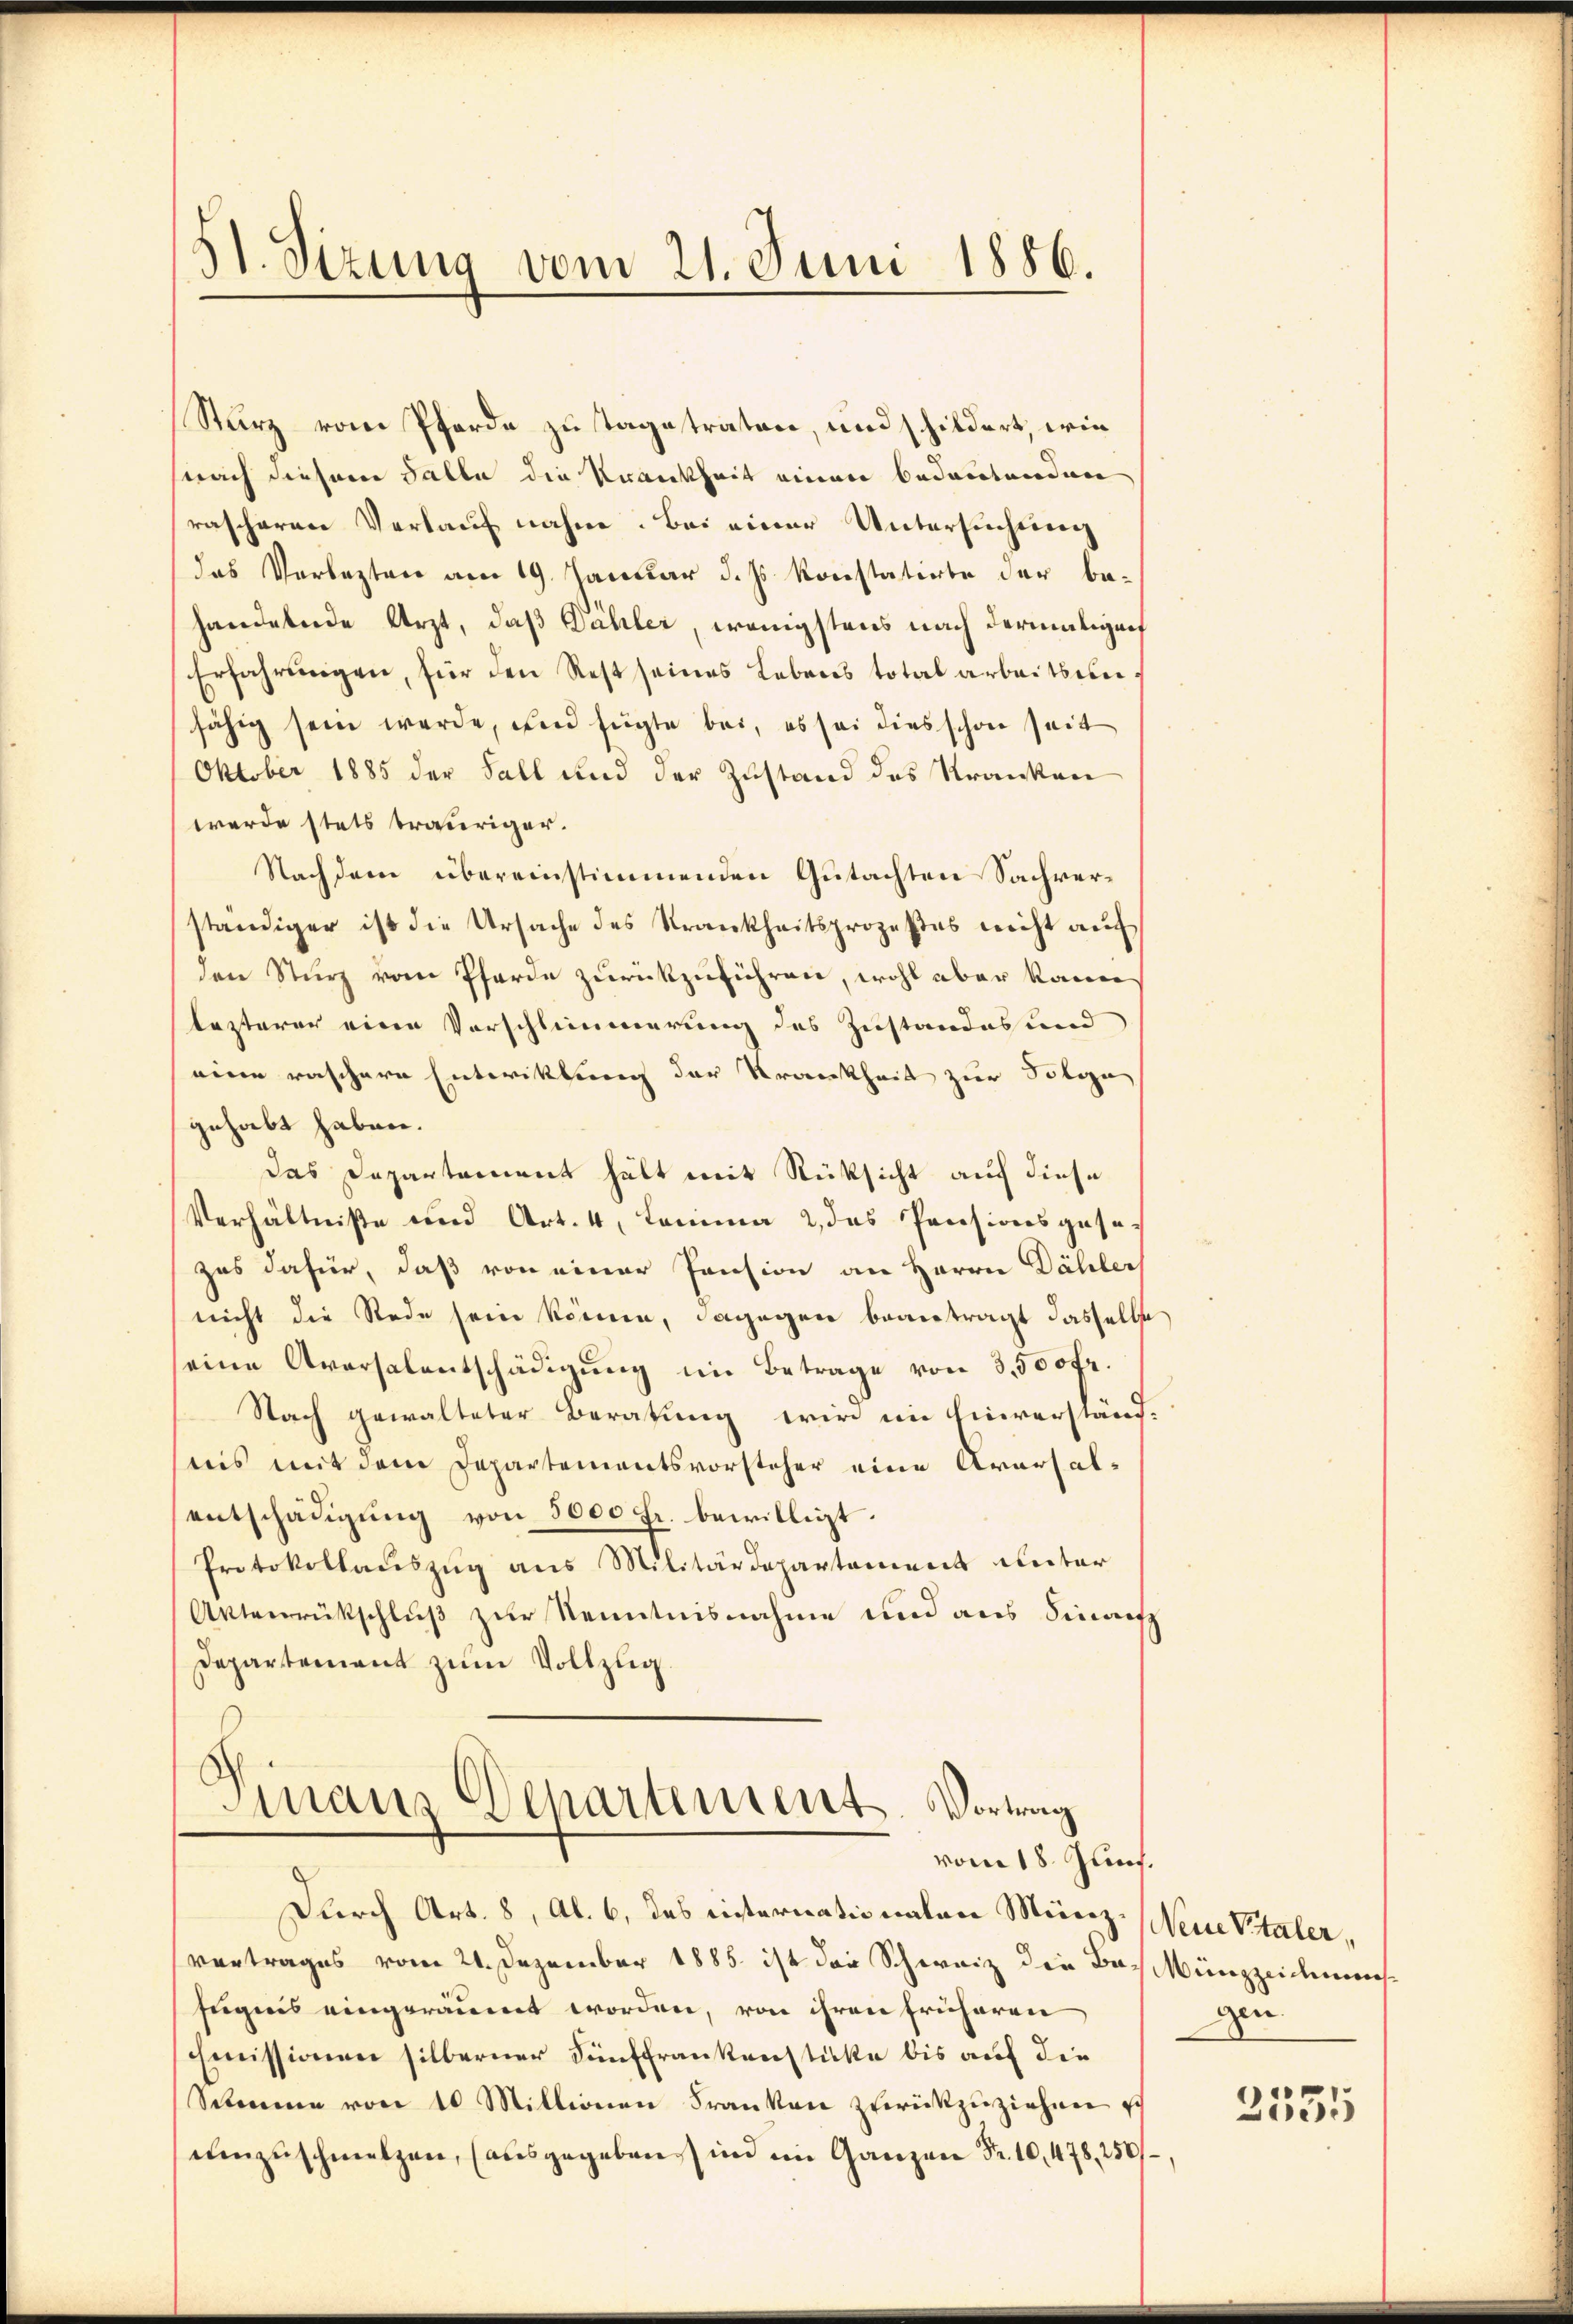
51. Sizung vom 21. Juni 1886.

Sturz vom Pferde zu Tage traten, und schildert, wie
nach diesem Falle die Krankheit einer bedeutenden
rascheren Verlauf nahm. Bei einer Untersuchung
das Verlezten am 19. Januar d. Js. konstatirte der behandelnde Arzt, daß Dähler, wenigstens nach dermaligenf
Erfahrungen, für den Rest seines Lebens total arbeitsunfähig sein werde, und fügte bei, es sei dies schon seit
Oktober 1885 der Fall und der Zustand des Kranken
werde stets trauriger.
Nachdem übereinstimmenden Gutachten Sachverständiger ist die Ursache des Krankheitsprozeßes nicht auf
den Sturz vom Pferde zurückzuführen, wohl aber kann
lezterer eine Vorschlimmerung des Zustandes und
eine raschere Entwicklung der Krankheit zur Solya
gehabt haben.
Das Departement hält mit Rücksicht auf diese
Verhältniße und Art. 4, Lemma 2 das Pressionsgese-
zes dafür, daß von einer Pension an Herrn Dähler
nicht die Rede sein könne, dagegen beantragt dasselbe
eine Aversalentschädigŭng im Betrage von 3,500 fr.
Nach gewalteter Beratung wird im Einverständ
nis mit dem Departementsvorsteher eine Aversalentschädigung von 5000 fr. bewilligt.
Protokollauszug aus Militärdepartement unter
Artenrückschluß zur Kenntnisnahme und aus Finan
Departement zŭm Vollzug.

.
mans Departements-Vortrag
vom 18. Juni.

Durch Art. 8, Al. 6, das einternationalen Münz- eine Vitaler,
vertrages vom 21. Dezember 1885. ist der Schweiz die Bach Münzzeichemesfugnis eingeräumt worden, von ihren früheren
Emissionen silberner Fünffrankenstücke bis auf die
Schmene von 10 Millionen Franken zurückzuziehen ich
uenzuschmelzen, (ausgegeben in im Ganzen Fr. 10,478, 250/

gen.
2531